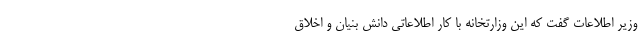
وزیر اطلاعات گفت که این وزارتخانه با کار اطلاعاتی دانش بنیان و اخلاق